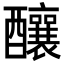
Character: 釀